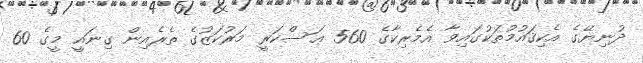
ދުނިޔޭގެ އެކިޤައުމުތަކުގައިވާ އެމެރިކާގެ 560 ޢަސްކަރީ މަރުކަޒުގެ ތެރެއިން ގިނައީ މީގެ 60